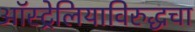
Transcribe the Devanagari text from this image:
ऑस्ट्रेलियाविरुद्धचा